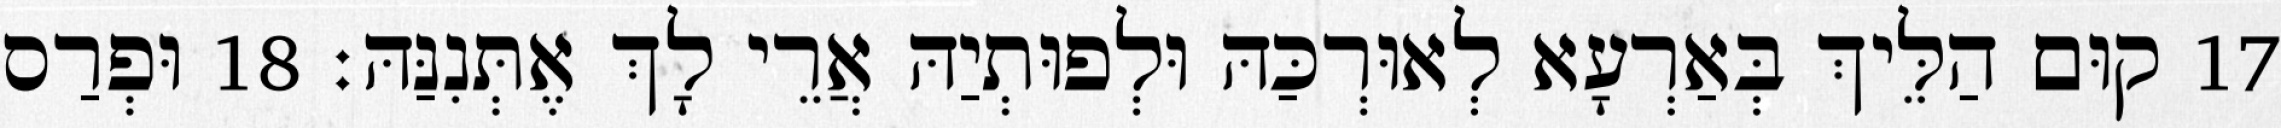
17 קוּם הַלֵּיךְ בְּאַרְעָא לְאוּרְכַּהּ וּלְפוּתְיַהּ אֲרֵי לָךְ אֶתְּנִנַּהּ׃ 18 וּפְרַס